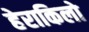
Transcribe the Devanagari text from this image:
हेराकिलो